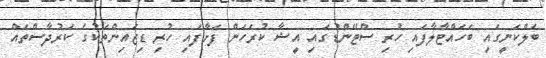
ބެލްކަނީގައި ބަހައްޓާލާފައި ހުރި ސްޓޭންޑުގައި އީޝާ ކުރަހަން ފަށާފައި ހުރި ޑިޒައިންތަކުގެ ކަރުދާސްތައް